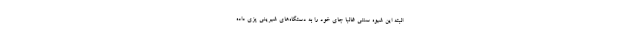
البته این شیوه سنتی غالبا جای خود را به دستگاه‌های شیرینی پزی داده